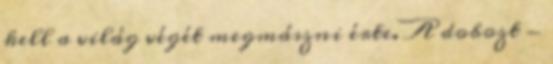
kell a világ végét megmászni érte. A dobozt -